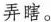
弄瞎。